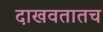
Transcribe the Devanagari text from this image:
दाखवतातच